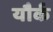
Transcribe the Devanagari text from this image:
यौर्क